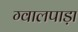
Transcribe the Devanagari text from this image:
ग्वालपाड़ा